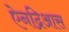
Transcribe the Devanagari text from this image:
ऐनद्रिआस